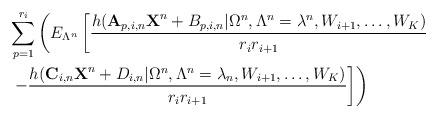
LaTeX: \begin{align*}&\sum_{p=1}^{r_i}\left(E_{\Lambda^n}\left[\frac{h(\textbf{A}_{p,i,n}\textbf{X}^n+B_{p,i,n}|\Omega^n,\Lambda^n=\lambda^n,W_{i+1},\ldots,W_K)}{r_ir_{i+1}}\right.\right.\\&\left.\left.-\frac{h(\textbf{C}_{i,n}\textbf{X}^n+D_{i,n}|\Omega^n,\Lambda^n=\lambda_n,W_{i+1},\ldots,W_K)}{r_ir_{i+1}}\right]\right)\end{align*}